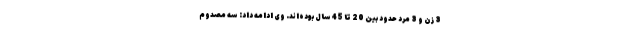
3 زن و 3 مرد حدود بین 20 تا 45 سال بوده‌اند. وی ادامه داد: سه مصدوم